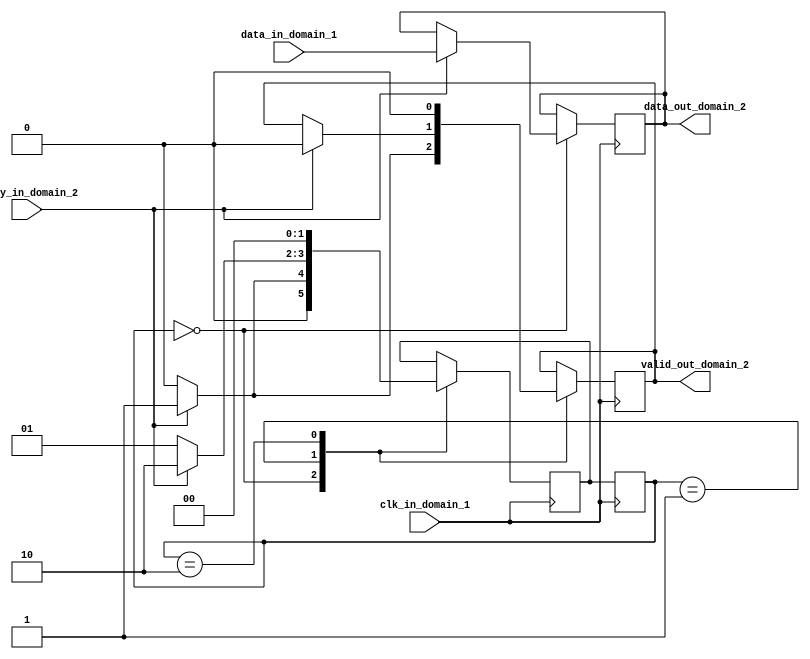
module synchronizer_with_handshaking_logic(
    input wire clk_in_domain_1,
    input wire data_in_domain_1,
    output reg data_out_domain_2,
    output reg valid_out_domain_2,
    input wire ready_in_domain_2
);

reg [1:0] state;
reg [1:0] next_state;

parameter IDLE = 2'b00;
parameter CAPTURE = 2'b01;
parameter STROBE = 2'b10;

always @(posedge clk_in_domain_1) begin
    case (state)
        IDLE: begin
            if (ready_in_domain_2) begin
                data_out_domain_2 <= data_in_domain_1;
                valid_out_domain_2 <= 1;
                next_state <= CAPTURE;
            end else begin
                valid_out_domain_2 <= 0;
                next_state <= IDLE;
            end
        end
        
        CAPTURE: begin
            if (ready_in_domain_2) begin
                valid_out_domain_2 <= 0;
                next_state <= STROBE;
            end else begin
                next_state <= CAPTURE;
            end
        end
        
        STROBE: begin
            valid_out_domain_2 <= 0;
            next_state <= IDLE;
        end
    endcase
end

always @(posedge clk_in_domain_1) begin
    state <= next_state;
end

endmodule